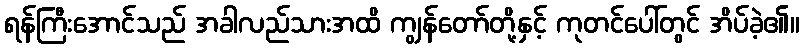
ရန်ကြီးအောင်သည် အခါလည်သားအထိ ကျွန်တော်တို့နှင့် ကုတင်ပေါ်တွင် အိပ်ခဲ့၏။